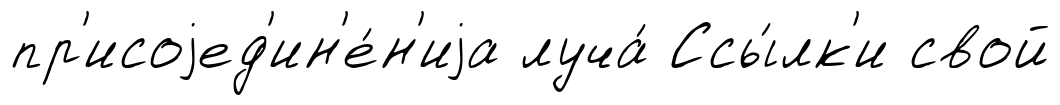
пр'исоjед'ин'е́н'иjа луча́ Ссы́лк'и свой